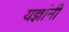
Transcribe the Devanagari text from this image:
यज्ञांनी